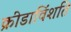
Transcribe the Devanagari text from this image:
क्रीडाविंशति